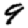
Digit: 9